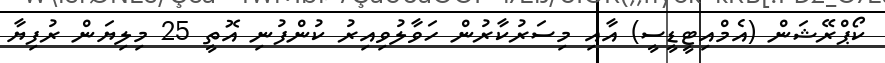
ކޯޕްރޭޝަން (އެމްއިޓީޑީސީ) އާއި މިސަރުކާރުން ހަވާލުވިއިރު ކުންފުނި އޮތީ 25 މިލިޔަން ރުފިޔާ